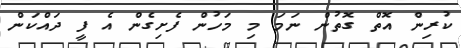
ކުރިން އޮތް ގޮތުން ނަމަ މި މަހުން ފެށިގެން އެ ފީ ދައްކަން